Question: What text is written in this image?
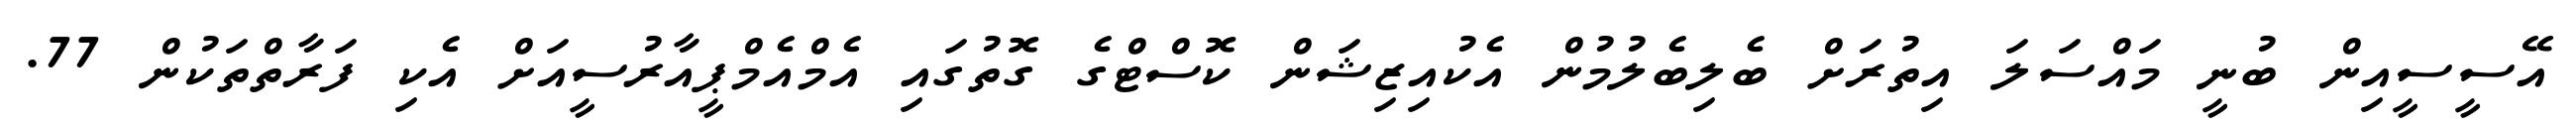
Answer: އޭސީސީއިން ބުނީ މައްސަލަ އިތުރަށް ބެލިބެލުމުން އެކުއިޒިޝަން ކޮސްޓްގެ ގޮތުގައި އެމްއެމްޕީއާރުސީއަށް އެކި ފަރާތްތަކުން 77.